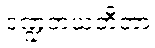
ဒဏ္ဍဘယဘီတာ